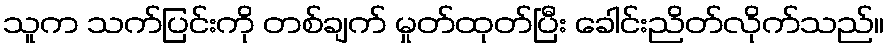
သူက သက်ပြင်းကို တစ်ချက် မှုတ်ထုတ်ပြီး ခေါင်းညိတ်လိုက်သည်။